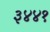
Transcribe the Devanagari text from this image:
३४४१